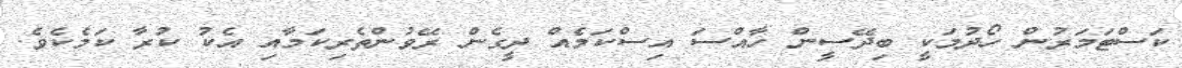
ކަސްޓަމަރުން ހޯދުމަކީ ބިދޭސީން ހާއްސަ އިސްކަމެއް ދީގެން ރޭވުންތެރިކަމާއި އެކު ކުރާ ކަމެކެވެ.